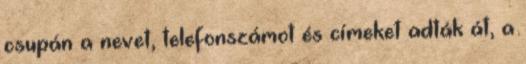
csupán a nevet, telefonszámot és címeket adták át, a